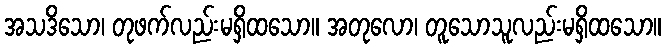
အသဒိသော၊ တုဖက်လည်းမရှိထသော။ အတုလော၊ တူသောသူလည်းမရှိထသော။